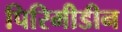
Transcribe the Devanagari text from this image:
पिरिमीडीन